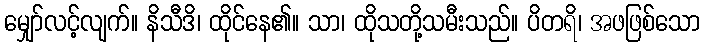
မျှော်လင့်လျက်။ နိသီဒိ၊ ထိုင်နေ၏။ သာ၊ ထိုသတို့သမီးသည်။ ပိတရိ၊ အဖဖြစ်သော